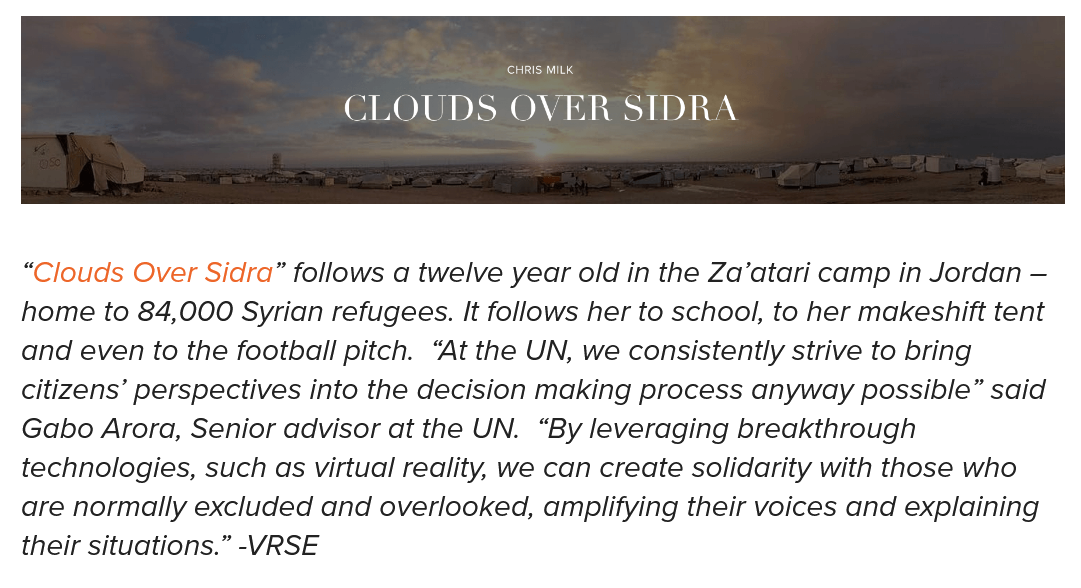
“Clouds Over Sidra” follows a twelve year old in the Za’atari camp in Jordan
     —
  home to 84,000 Syrian refugees. It follows her to school, to her makeshift tent
  and even to the football pitch. “At the UN, we consistently strive to bring
  citizens’ perspectives into the decision making process anyway possible” said
  Gabo Arora, Senior advisor at the UN. “By leveraging breakthrough
  technologies, such as virtual reality, we can create solidarity with those who
  are normally excluded and overlooked, amplifying their voices and explaining
  their situations.” -VRSE
     ‘CHRIS MILK
     CLOUDS    OVER    SIDRA